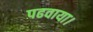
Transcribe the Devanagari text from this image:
पढवाया।